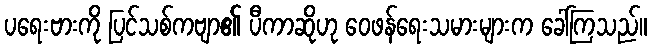
ပရေးဗားကို ပြင်သစ်ကဗျာ၏ ပီကာဆိုဟု ဝေဖန်ရေးသမားများက ခေါ်ကြသည်။